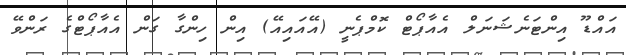
އައްޑޫ އިންޓަނެޝަނަލް އެއާޕޯޓް ކޮމްޕެނީ (އޭއައިއޭ) އިން ހިންގާ ގަން އެއާޕޯޓްގެ ރަންވޭ